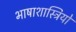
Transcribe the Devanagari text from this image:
भाषाशास्त्रियो